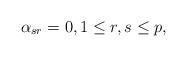
LaTeX: \begin{align*}\alpha_{sr}=0, 1 \leq r,s \leq p, \end{align*}